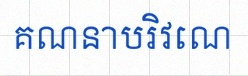
គណនាបរិវេណ